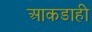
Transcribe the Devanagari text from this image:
आकडाही